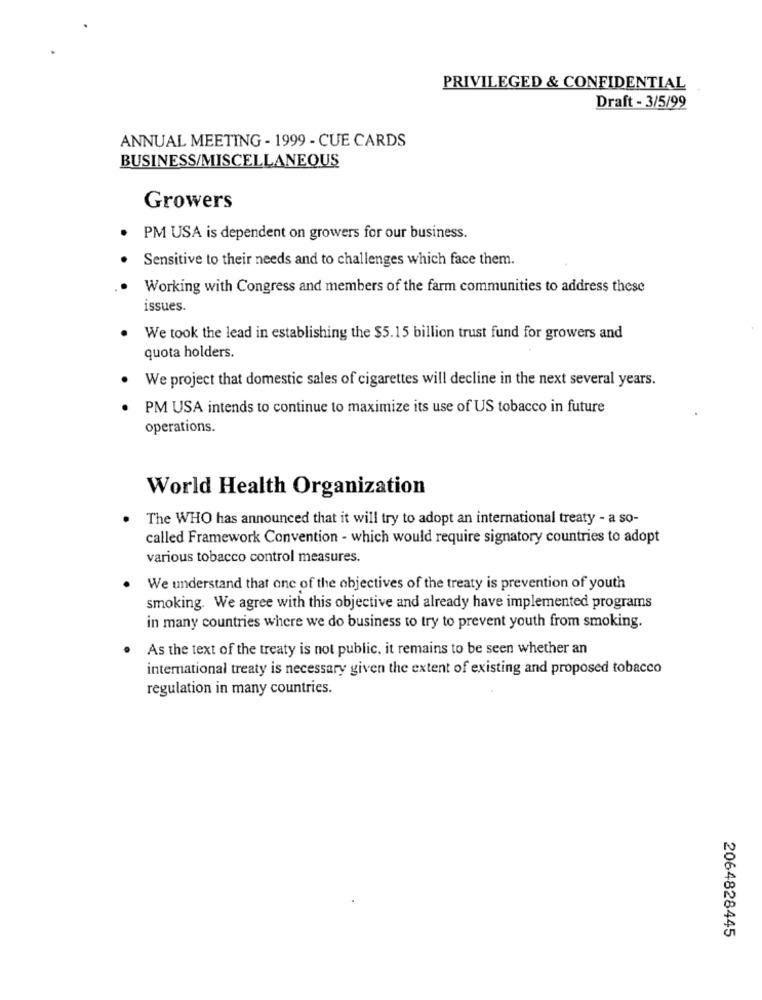
PRIVILEGED & CONFIDENTIAL
Draft - 3/5/99
ANNUAL MEETING - 1999 - CUE CARDS
BUSINESS/MISCELLANEOUS
Growers
PM USA is dependent on growers for our business.
Sensitive to their needs and to challenges which face them.
Working with Congress and members of the farm communities to address these
issues.
We took the lead in establishing the $5.15 billion trust fund for growers and
quota holders.
We project that domestic sales of cigarettes will decline in the next several years.
PM USA intends to continue to maximize its use of US tobacco in future
operations.
World Health Organization
The WHO has announced that it will try to adopt an international treaty - a so-
called Framework Convention - which would require signatory countries to adopt
various tobacco control measures.
We understand that one of the objectives of the treaty is prevention of youth
smoking. We agree with this objective and already have implemented programs
in many countries where we do business to try to prevent youth from smoking.
. As the text of the treaty is not public, it remains to be seen whether an
international treaty is necessary given the extent of existing and proposed tobacco
regulation in many countries.
2064828445